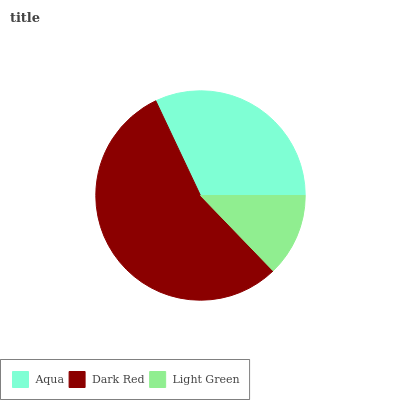
| Aqua | Dark Red | Light Green |
 | --- | --- | --- |
 | 32% | 55.2% | 12.8% |